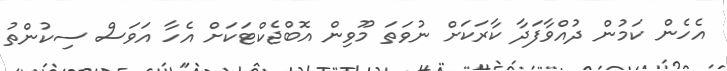
އެހެން ކަމުން ދުއްވާފަދާ ކާރަކަށް ނުވަތަ މޫވިން އޮބްޖެކްޓަކަށް އެހާ އަވަސް ސިކުންތު